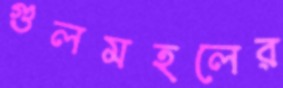
গুলমহলের